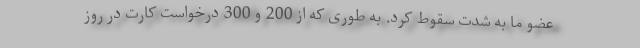
عضو ما به شدت سقوط کرد. به طوری که از 200 و 300 درخواست کارت در روز